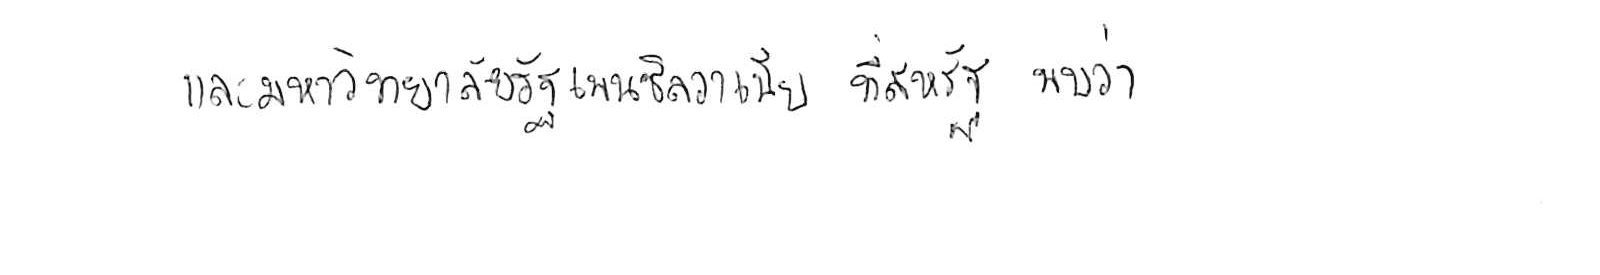
และมหาวิทยาลัยรัฐเพนซิลวาเนีย ที่สหรัฐ พบว่า